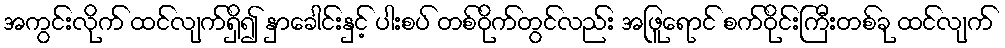
အကွင်းလိုက် ထင်လျက်ရှိ၍ နှာခေါင်းနှင့် ပါးစပ် တစ်ဝိုက်တွင်လည်း အဖြူရောင် စက်ဝိုင်းကြီးတစ်ခု ထင်လျက်